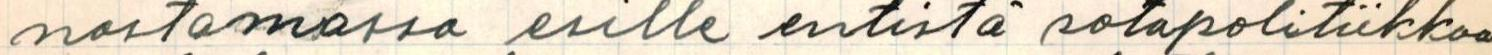
nostamassa esille entistä sotapolitiikkaa